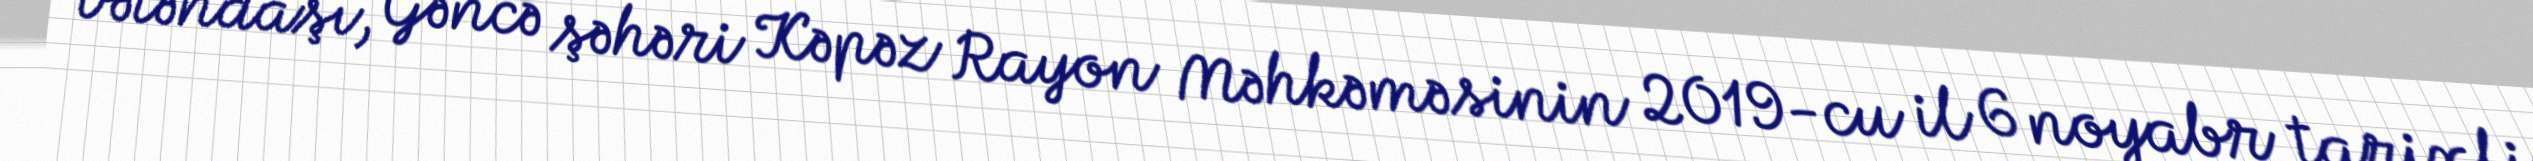
vətəndaşı, Gəncə şəhəri Kəpəz Rayon Məhkəməsinin 2019-cu il 6 noyabr tarixli